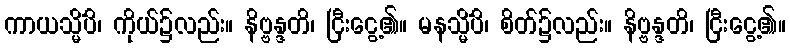
ကာယသ္မိံပိ၊ ကိုယ်၌လည်း။ နိဗ္ဗန္ဒတိ၊ ငြီးငွေ့၏။ မနသ္မိံပိ၊ စိတ်၌လည်း။ နိဗ္ဗန္ဒတိ၊ ငြီးငွေ့၏။